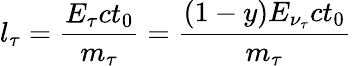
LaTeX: l_{\tau}=\frac{E_{\tau}ct_{0}}{m_{\tau}}=\frac{(1-y)E_{\nu_{\tau}}ct_{0}}{m_{\tau}}